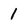
Character: 1